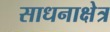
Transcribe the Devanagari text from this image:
साधनाक्षेत्र